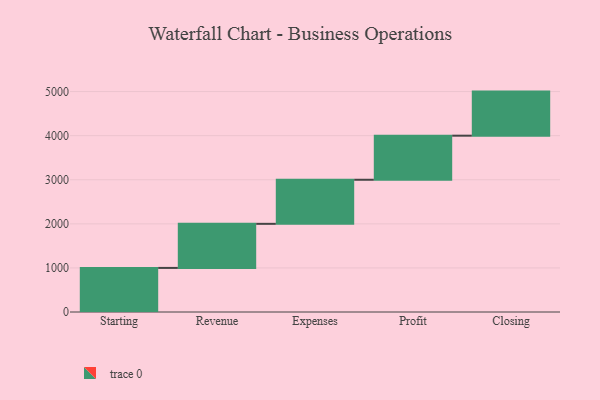
{"axis": {"x": "Step", "y": "Value"}, "legend": [""], "data": [{"x": "Starting", "y": 1000, "type": ""}, {"x": "Revenue", "y": 1000, "type": ""}, {"x": "Expenses", "y": 1000, "type": ""}, {"x": "Profit", "y": 1000, "type": ""}, {"x": "Closing", "y": 1000, "type": ""}]}